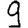
Digit: 9